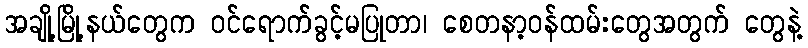
အချို့မြို့နယ်တွေက ဝင်ရောက်ခွင့်မပြုတာ၊ စေတနာ့ဝန်ထမ်းတွေအတွက် တွေနဲ့